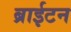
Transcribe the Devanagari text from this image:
ब्राईटन